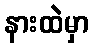
နားထဲမှာ